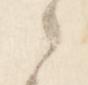
之